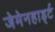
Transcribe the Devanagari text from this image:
जेमेनहार्ड्ट